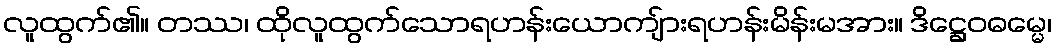
လူထွက်၏။ တဿ၊ ထိုလူထွက်သောရဟန်းယောကျ်ားရဟန်းမိန်းမအား။ ဒိဋ္ဌေဝဓမ္မေ၊